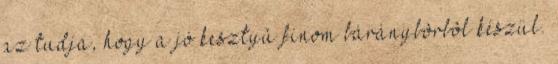
az tudja, hogy a jó kesztyû finom báránybôrbôl készül.